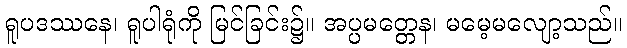
ရူပဒဿနေ၊ ရူပါရုံကို မြင်ခြင်း၌။ အပ္ပမတ္တေန၊ မမေ့မလျော့သည်။